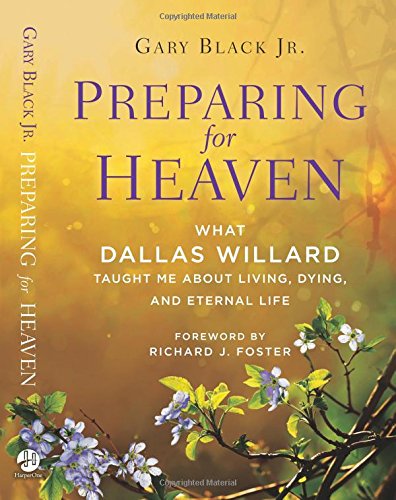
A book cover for Preparing for Heaven: What Dallas Willard Taught Me About Living, Dying, and Eternal Life; Gary, Jr. Black; Christian Books & Bibles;